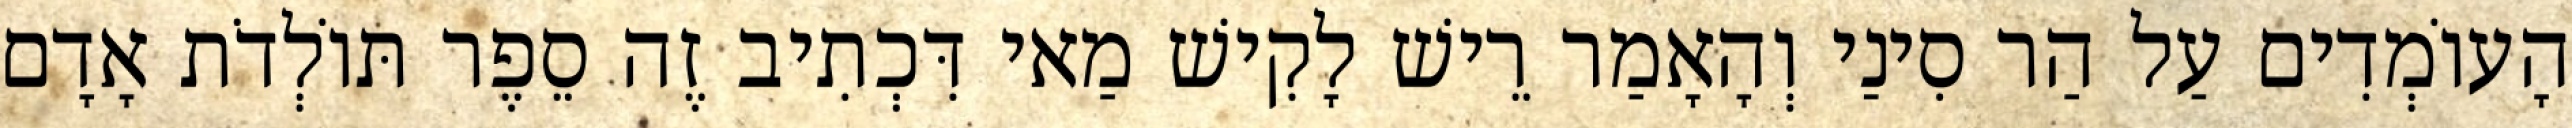
הָעוֹמְדִים עַל הַר סִינַי וְהָאָמַר רֵישׁ לָקִישׁ מַאי דִּכְתִיב זֶה סֵפֶר תּוֹלְדֹת אָדָם